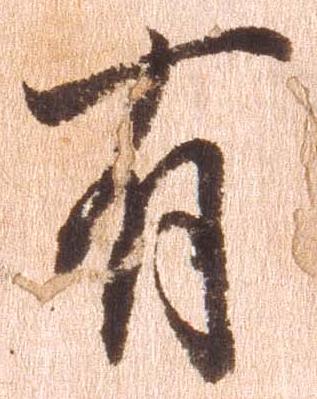
有